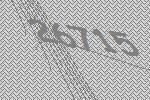
26715